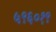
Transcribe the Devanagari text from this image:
५९६०१९